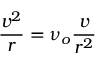
\frac { v ^ { 2 } } { r } = \nu _ { o } \frac { v } { r ^ { 2 } }